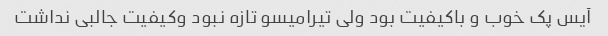
آیس پک خوب و باکیفیت بود ولی تیرامیسو تازه نبود وکیفیت جالبی نداشت